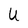
Character: U